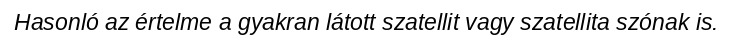
Hasonló az értelme a gyakran látott szatellit vagy szatellita szónak is.